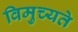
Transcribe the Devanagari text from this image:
विमुच्यते